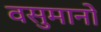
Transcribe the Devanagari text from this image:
वसुमानो